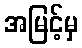
အမြင့်မှ